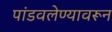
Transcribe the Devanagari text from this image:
पांडवलेण्यावरून